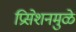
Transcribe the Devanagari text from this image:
प्रिसेशनमुळे